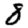
Digit: 8